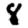
Digit: 8